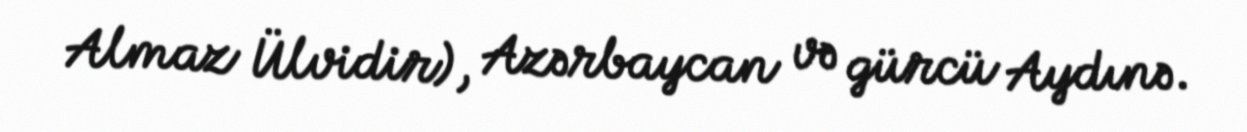
Almaz Ülvidir), Azərbaycan və gürcü Aydınə.